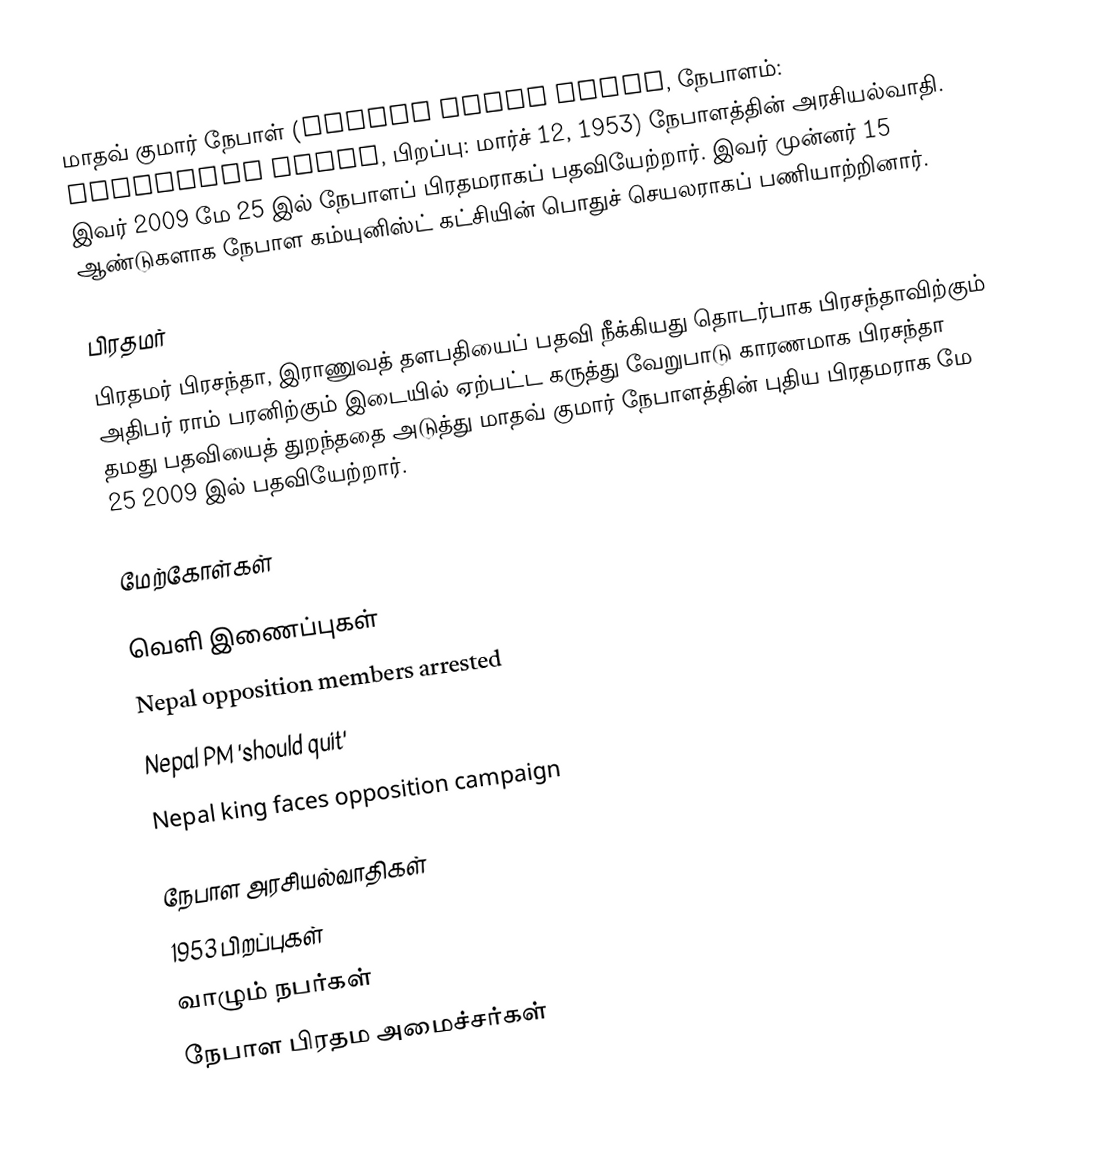
மாதவ் குமார் நேபாள் (Madhav Kumar Nepal, நேபாளம்: माधवकुमार नेपाल, பிறப்பு: மார்ச் 12, 1953) நேபாளத்தின் அரசியல்வாதி. இவர் 2009 மே 25 இல் நேபாளப் பிரதமராகப் பதவியேற்றார். இவர் முன்னர் 15 ஆண்டுகளாக நேபாள கம்யுனிஸ்ட் கட்சியின் பொதுச் செயலராகப் பணியாற்றினார்.

பிரதமர்
பிரதமர் பிரசந்தா, இராணுவத் தளபதியைப் பதவி நீக்கியது தொடர்பாக பிரசந்தாவிற்கும் அதிபர் ராம் பரனிற்கும் இடையில் ஏற்பட்ட கருத்து வேறுபாடு காரணமாக பிரசந்தா தமது பதவியைத் துறந்ததை அடுத்து மாதவ் குமார் நேபாளத்தின் புதிய பிரதமராக மே 25 2009 இல் பதவியேற்றார்.

மேற்கோள்கள்

வெளி இணைப்புகள்
Nepal opposition members arrested
Nepal PM 'should quit'
Nepal king faces opposition campaign

நேபாள அரசியல்வாதிகள்
1953 பிறப்புகள்
வாழும் நபர்கள்
நேபாள பிரதம அமைச்சர்கள்